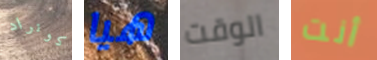
كونراد هيا الوقت أنت